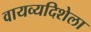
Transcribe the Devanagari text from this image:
वायव्यदिशेला